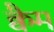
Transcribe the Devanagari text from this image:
क्वैम